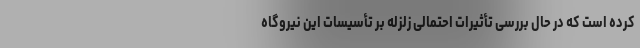
کرده است که در حال بررسی تأثیرات احتمالی زلزله بر تأسیسات این نیروگاه